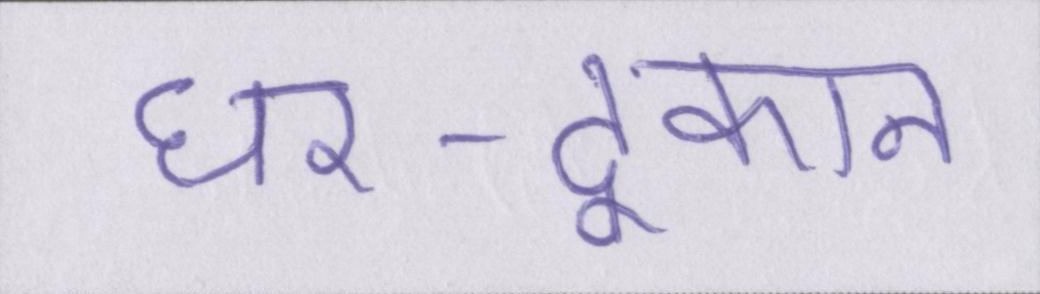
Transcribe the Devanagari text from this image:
घर-दूकान